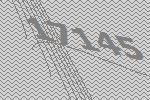
17145